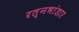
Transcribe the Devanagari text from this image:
रत्नभांडार